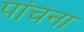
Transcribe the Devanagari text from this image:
पांचना